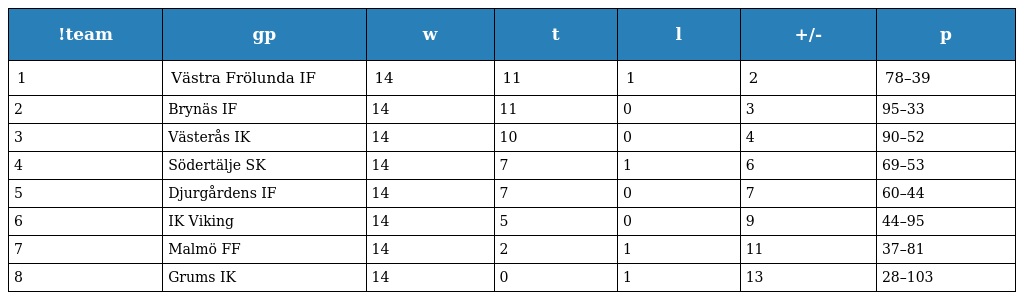
| !team | gp | w | t | l | +/- | p |
 | --- | --- | --- | --- | --- | --- | --- |
 | 1 | Västra Frölunda IF | 14 | 11 | 1 | 2 | 78–39 |
 | 2 | Brynäs IF | 14 | 11 | 0 | 3 | 95–33 |
 | 3 | Västerås IK | 14 | 10 | 0 | 4 | 90–52 |
 | 4 | Södertälje SK | 14 | 7 | 1 | 6 | 69–53 |
 | 5 | Djurgårdens IF | 14 | 7 | 0 | 7 | 60–44 |
 | 6 | IK Viking | 14 | 5 | 0 | 9 | 44–95 |
 | 7 | Malmö FF | 14 | 2 | 1 | 11 | 37–81 |
 | 8 | Grums IK | 14 | 0 | 1 | 13 | 28–103 |